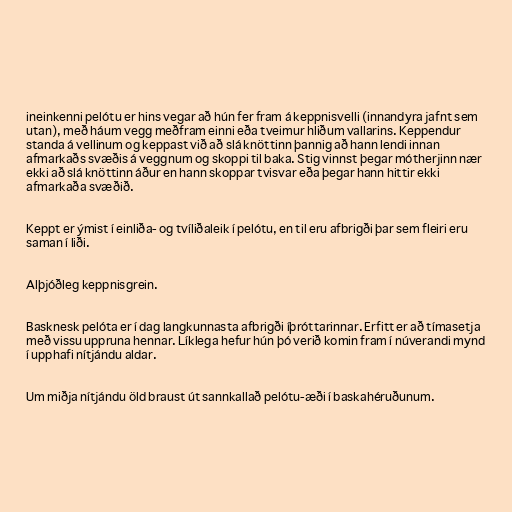
ineinkenni pelótu er hins vegar að hún fer fram á keppnisvelli (innandyra jafnt sem
utan), með háum vegg meðfram einni eða tveimur hliðum vallarins. Keppendur
standa á vellinum og keppast við að slá knöttinn þannig að hann lendi innan
afmarkaðs svæðis á veggnum og skoppi til baka. Stig vinnst þegar mótherjinn nær
ekki að slá knöttinn áður en hann skoppar tvisvar eða þegar hann hittir ekki
afmarkaða svæðið.

Keppt er ýmist í einliða- og tvíliðaleik í pelótu, en til eru afbrigði þar sem fleiri eru
saman í liði.

Alþjóðleg keppnisgrein.

Basknesk pelóta er í dag langkunnasta afbrigði íþróttarinnar. Erfitt er að tímasetja
með vissu uppruna hennar. Líklega hefur hún þó verið komin fram í núverandi mynd
í upphafi nítjándu aldar.

Um miðja nítjándu öld braust út sannkallað pelótu-æði í baskahéruðunum.